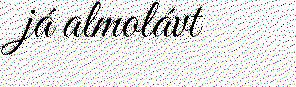
já almolávt